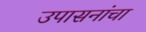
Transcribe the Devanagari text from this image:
उपासनांचा